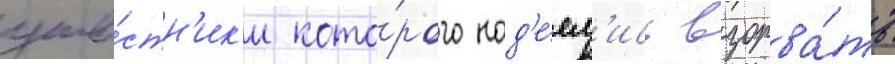
уча́стн'ик'и кото́рого над'е́ял'ись взорва́ть